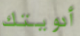
أدويتك